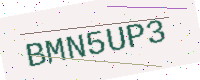
Text: BMN5UP3